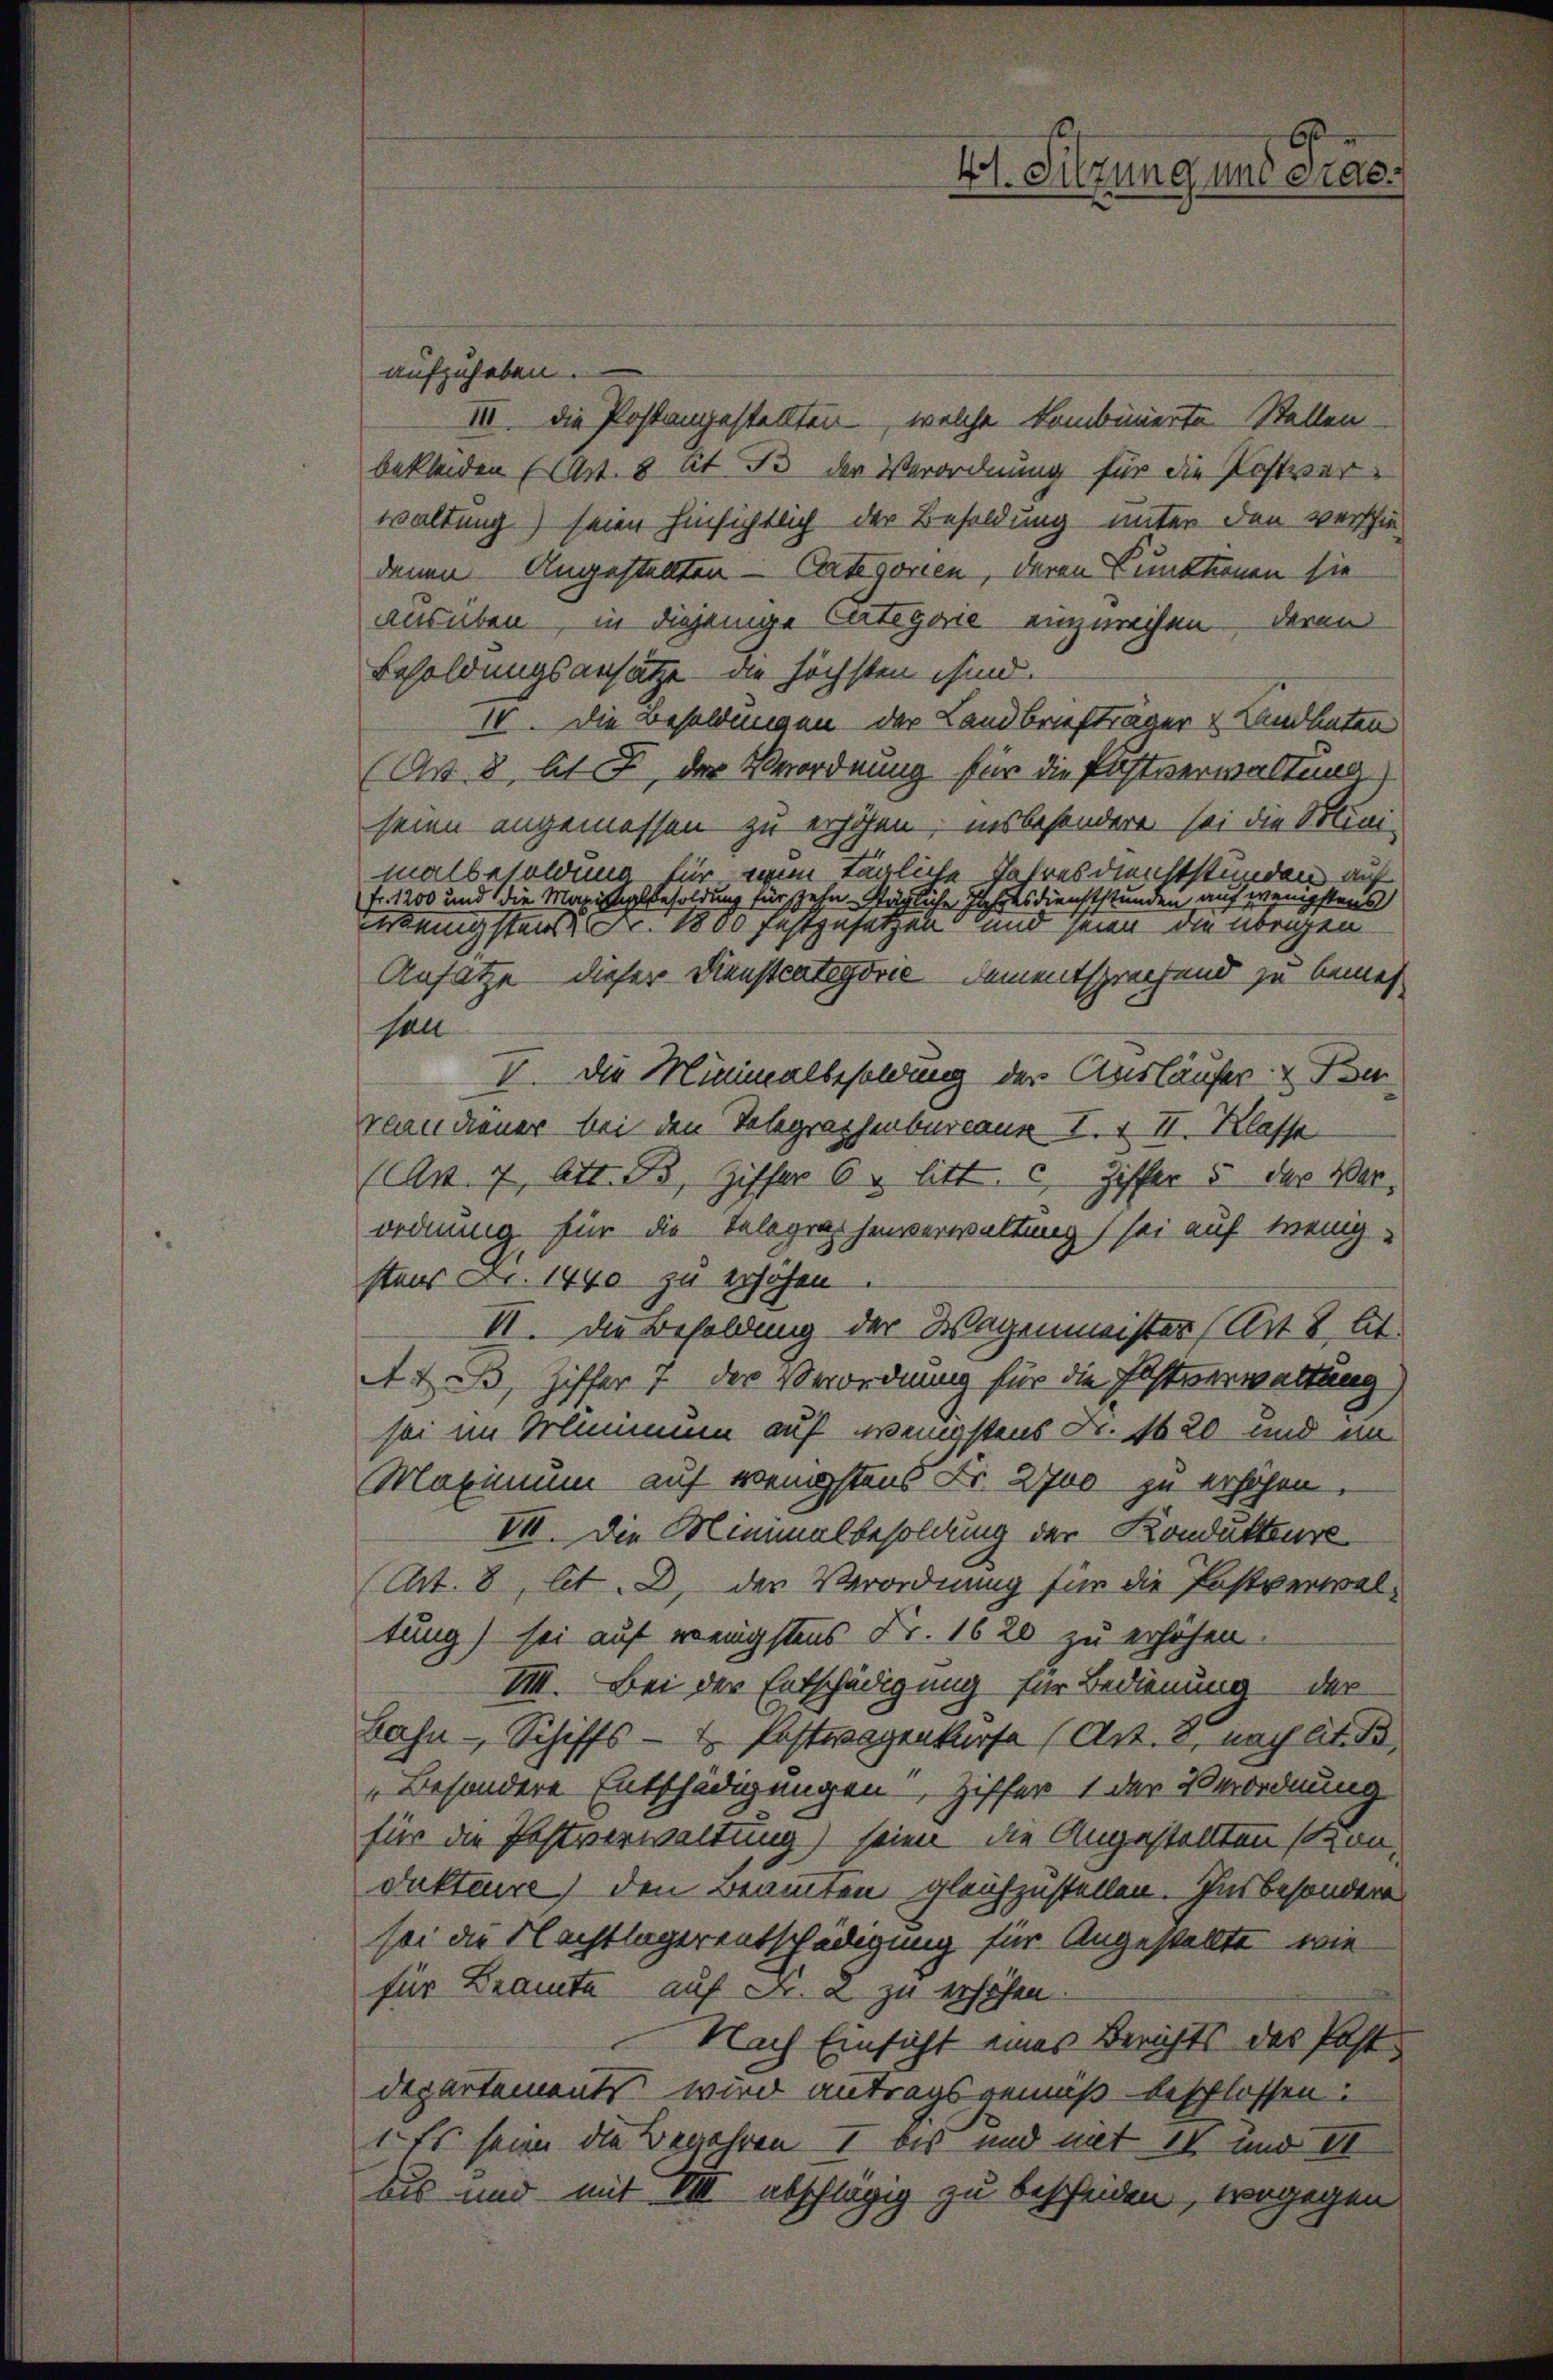
aufzuheben.
III. Die Postangestellten, welche kombinierte Stellen-
bekleiden (Art. 8 lit. B. der Verordnung für die Postver
waltung) seien hinsichtlich der Besoldung unter den verschie-
denen Angestellten - Categorien, deren Punktionen sie
ausüben, in diejenige Categorie einzurechen deren
Besoldungsansätze an höchsten ihm.
IV. Die Besoldungen der Landbriefträger Landhaten
(Nr. 8 Al. 2, der Verordnung für die Postverwaltung
seien angemessen zu erhöhen, insbesondere sei die Klini-
malbesoldung für einen tägliche Jahresdienststunden auf
Fr. 1200 und die Maxistialbesoldung für zehn Stägliche Jahresdienststunden auf wenigstens
ebung stande Nr. 1800 festgesetzen und seien die vorigen
Ansatze dieser Dienstrategorie dementsprechend zu bemes
soll
I. Die Minimalbesoldung der Ausläufer. Di
vandiener bei den Telegraphenbureaue I. + II. Klasse
(An 7, Art. B, Ziffer 6 u. litt. c. Ziffer 5 der Verordnung für die Telegraphenverwaltung sei auf wenig-
staus Nr. 1440 zu erhöhen.
II. Die Besoldung der Wagenmeister (Art. 8, At
 Heß, Ziffer 7 der Verordnung für die Festverwaltung
sei im Minimum auf wenigstens Fr. 120 und im
Maximum auf wenigstens Fr. 2700 zu erhöhen.
VII. Die Minimalbesoldung der Kondukteure
(Art. 8, lt. D. der Verordnung für die Postverwaltung) sei auf wenigstens Fr. 1620 zu erhöhen.
VIII. Bei der Entschädigung für Bedienung der
Bahn- Schiffs- & Postwagenkurse (Art. 8, nach lit. de
„Besondere Entschädigungen Ziffer 1 der Verordnung
für die Postverwaltung) seien, die Angestellten sondukteure) den Beamten gleichzustellen. Insbesondere
sei die Nachtlagerentschädigung für Angestellte, wie
für Beamte auf Fr. a zu erhöhen.
Nach Einsicht eines Berichts des Post
departements wird antragsgemäß beschlossen:
1. Es seine die Begehren I bis und mit 14 und II
bis und mit VIII abschlägig zu bescheiden, wogegen

bt. Sitzung und Pras¬